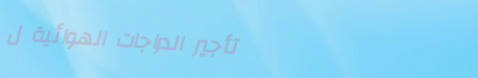
تأجير الدراجات الهوائية ل